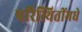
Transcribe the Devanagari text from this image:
परिस्थितींमधे